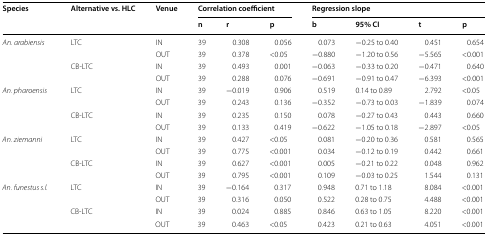
<table><thead><tr><td rowspan="2"><b>Species</b></td><td rowspan="2"><b>Alternative vs. HLC</b></td><td rowspan="2"><b>Venue</b></td><td colspan="3"><b>Correlation coefficient</b></td><td colspan="4"><b>Regression slope</b></td></tr><tr><td><b>n</b></td><td><b>r</b></td><td><b>p</b></td><td><b>b</b></td><td><b>95% CI</b></td><td><b>t</b></td><td><b>p</b></td></tr></thead><tbody><tr><td rowspan="4"><i>An. arabiensis</i></td><td rowspan="2">LTC</td><td>IN</td><td>39</td><td>0.308</td><td>0.056</td><td>0.073</td><td>−0.25 to 0.40</td><td>0.451</td><td>0.654</td></tr><tr><td>OUT</td><td>39</td><td>0.378</td><td>&lt;0.05</td><td>−0.880</td><td>−1.20 to 0.56</td><td>−5.565</td><td>&lt;0.001</td></tr><tr><td rowspan="2">CB-LTC</td><td>IN</td><td>39</td><td>0.493</td><td>0.001</td><td>−0.063</td><td>−0.33 to 0.20</td><td>−0.471</td><td>0.640</td></tr><tr><td>OUT</td><td>39</td><td>0.288</td><td>0.076</td><td>−0.691</td><td>−0.91 to 0.47</td><td>−6.393</td><td>&lt;0.001</td></tr><tr><td rowspan="4"><i>An. pharoensis</i></td><td rowspan="2">LTC</td><td>IN</td><td>39</td><td>−0.019</td><td>0.906</td><td>0.519</td><td>0.14 to 0.89</td><td>2.792</td><td>&lt;0.05</td></tr><tr><td>OUT</td><td>39</td><td>0.243</td><td>0.136</td><td>−0.352</td><td>−0.73 to 0.03</td><td>−1.839</td><td>0.074</td></tr><tr><td rowspan="2">CB-LTC</td><td>IN</td><td>39</td><td>0.235</td><td>0.150</td><td>0.078</td><td>−0.27 to 0.43</td><td>0.443</td><td>0.660</td></tr><tr><td>OUT</td><td>39</td><td>0.133</td><td>0.419</td><td>−0.622</td><td>−1.05 to 0.18</td><td>−2.897</td><td>&lt;0.05</td></tr><tr><td rowspan="4"><i>An. ziemanni</i></td><td rowspan="2">LTC</td><td>IN</td><td>39</td><td>0.427</td><td>&lt;0.05</td><td>0.081</td><td>−0.20 to 0.36</td><td>0.581</td><td>0.565</td></tr><tr><td>OUT</td><td>39</td><td>0.775</td><td>&lt;0.001</td><td>0.034</td><td>−0.12 to 0.19</td><td>0.442</td><td>0.661</td></tr><tr><td>CB-LTC</td><td>IN</td><td>39</td><td>0.627</td><td>&lt;0.001</td><td>0.005</td><td>−0.21 to 0.22</td><td>0.048</td><td>0.962</td></tr><tr><td></td><td>OUT</td><td>39</td><td>0.795</td><td>&lt;0.001</td><td>0.109</td><td>−0.03 to 0.25</td><td>1.544</td><td>0.131</td></tr><tr><td rowspan="4"><i>An. funestus s.l.</i></td><td rowspan="2">LTC</td><td>IN</td><td>39</td><td>−0.164</td><td>0.317</td><td>0.948</td><td>0.71 to 1.18</td><td>8.084</td><td>&lt;0.001</td></tr><tr><td>OUT</td><td>39</td><td>0.316</td><td>0.050</td><td>0.522</td><td>0.28 to 0.75</td><td>4.488</td><td>&lt;0.001</td></tr><tr><td rowspan="2">CB-LTC</td><td>IN</td><td>39</td><td>0.024</td><td>0.885</td><td>0.846</td><td>0.63 to 1.05</td><td>8.220</td><td>&lt;0.001</td></tr><tr><td>OUT</td><td>39</td><td>0.463</td><td>&lt;0.05</td><td>0.423</td><td>0.21 to 0.63</td><td>4.051</td><td>&lt;0.001</td></tr></tbody></table>